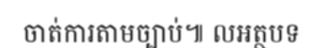
ចាត់ការតាមច្បាប់៕ លអត្ថបទ